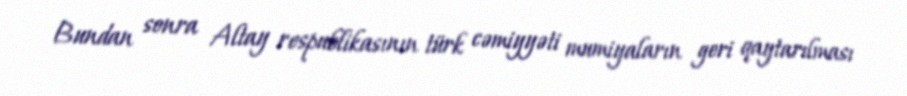
Bundan sonra Altay respublikasının türk cəmiyyəti mumiyaların geri qaytarılması